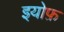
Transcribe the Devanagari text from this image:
इयोफ़